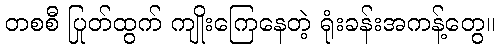
တစစီ ပြုတ်ထွက် ကျိုးကြေနေတဲ့ ရုံးခန်းအကန့်တွေ။